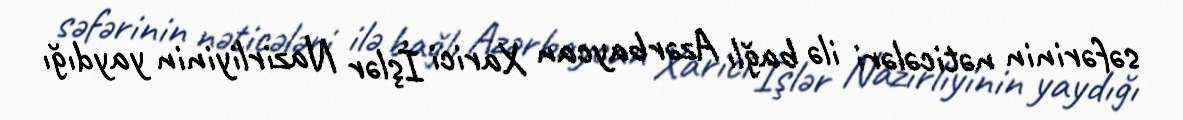
səfərinin nəticələri ilə bağlı Azərbaycan Xarici İşlər Nazirliyinin yaydığı